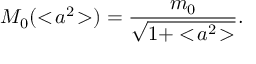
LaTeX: M _ { 0 } ( < \! a ^ { 2 } \! > ) = \frac { m _ { 0 } } { \sqrt { 1 + < \! a ^ { 2 } \! > } } .